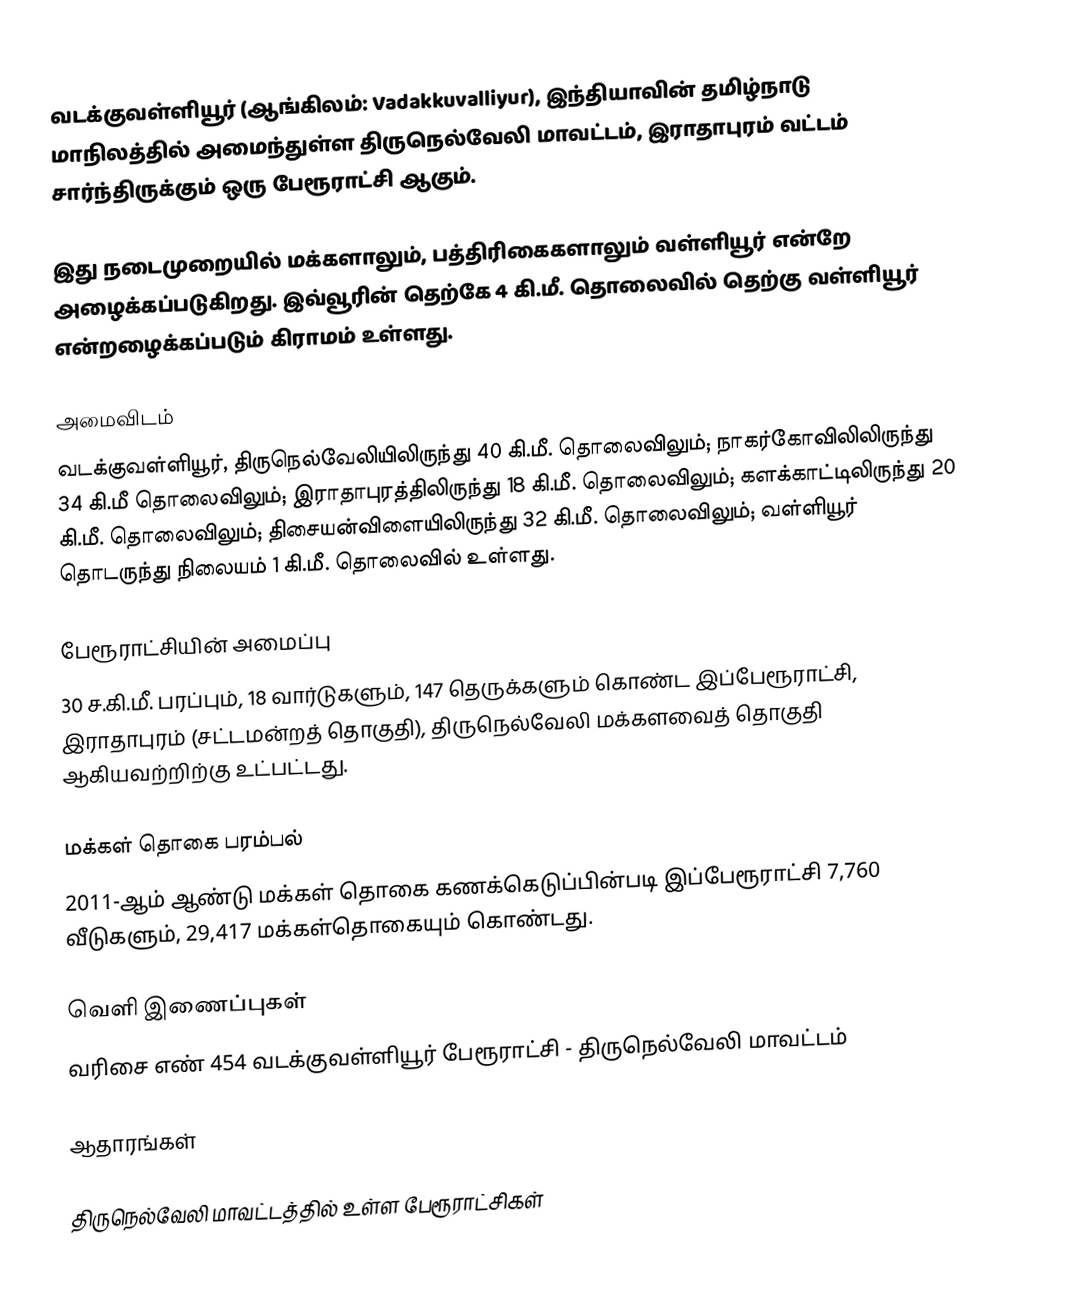
வடக்குவள்ளியூர்  (ஆங்கிலம்: Vadakkuvalliyur), இந்தியாவின் தமிழ்நாடு மாநிலத்தில் அமைந்துள்ள திருநெல்வேலி மாவட்டம்,  இராதாபுரம் வட்டம் சார்ந்திருக்கும் ஒரு பேரூராட்சி ஆகும்.

இது நடைமுறையில் மக்களாலும், பத்திரிகைகளாலும் வள்ளியூர் என்றே அழைக்கப்படுகிறது. இவ்வூரின் தெற்கே 4 கி.மீ. தொலைவில் தெற்கு வள்ளியூர் என்றழைக்கப்படும் கிராமம் உள்ளது.

அமைவிடம்
வடக்குவள்ளியூர், திருநெல்வேலியிலிருந்து 40 கி.மீ. தொலைவிலும்; நாகர்கோவிலிலிருந்து 34 கி.மீ தொலைவிலும்;  இராதாபுரத்திலிருந்து 18 கி.மீ. தொலைவிலும்; களக்காட்டிலிருந்து 20 கி.மீ. தொலைவிலும்;  திசையன்விளையிலிருந்து 32 கி.மீ. தொலைவிலும்;  வள்ளியூர் தொடருந்து நிலையம் 1 கி.மீ. தொலைவில் உள்ளது.

பேரூராட்சியின் அமைப்பு
30 ச.கி.மீ. பரப்பும், 18 வார்டுகளும், 147 தெருக்களும் கொண்ட இப்பேரூராட்சி, இராதாபுரம் (சட்டமன்றத் தொகுதி), திருநெல்வேலி மக்களவைத் தொகுதி ஆகியவற்றிற்கு உட்பட்டது.

மக்கள் தொகை பரம்பல்
2011-ஆம் ஆண்டு மக்கள் தொகை கணக்கெடுப்பின்படி  இப்பேரூராட்சி                          7,760 வீடுகளும்,  29,417 மக்கள்தொகையும் கொண்டது.

வெளி இணைப்புகள்
  வரிசை எண் 454 வடக்குவள்ளியூர் பேரூராட்சி - திருநெல்வேலி மாவட்டம்

ஆதாரங்கள்

திருநெல்வேலி மாவட்டத்தில் உள்ள பேரூராட்சிகள்